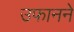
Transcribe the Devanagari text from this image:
उफानने